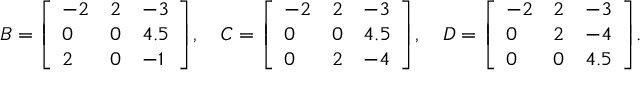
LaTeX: B = { \left[ \begin{array} { l l l } { - 2 } & { 2 } & { - 3 } \\ { 0 } & { 0 } & { 4 . 5 } \\ { 2 } & { 0 } & { - 1 } \end{array} \right] } , \quad C = { \left[ \begin{array} { l l l } { - 2 } & { 2 } & { - 3 } \\ { 0 } & { 0 } & { 4 . 5 } \\ { 0 } & { 2 } & { - 4 } \end{array} \right] } , \quad D = { \left[ \begin{array} { l l l } { - 2 } & { 2 } & { - 3 } \\ { 0 } & { 2 } & { - 4 } \\ { 0 } & { 0 } & { 4 . 5 } \end{array} \right] } .